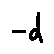
- d